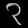
Digit: ၃